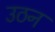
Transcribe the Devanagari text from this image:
उठन